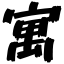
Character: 寓